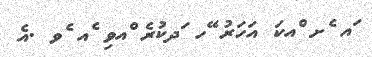
ައ ެށ ްއކަ އަހަރު ޭހ ަދކުރެ ްއވި ެއ ެވ .އެ